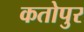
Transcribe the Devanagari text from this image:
कतोपुर